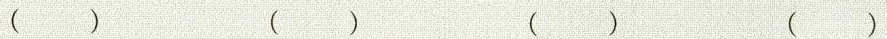
() () () ()